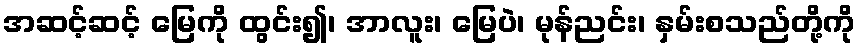
အဆင့်ဆင့် မြေကို ထွင်း၍၊ အာလူး၊ မြေပဲ၊ မုန်ညင်း၊ နှမ်းစသည်တို့ကို